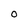
Character: 0